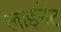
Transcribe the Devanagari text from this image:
लाइनेट